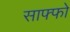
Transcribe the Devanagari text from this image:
साफ्फो